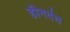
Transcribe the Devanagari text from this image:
हीनदंत